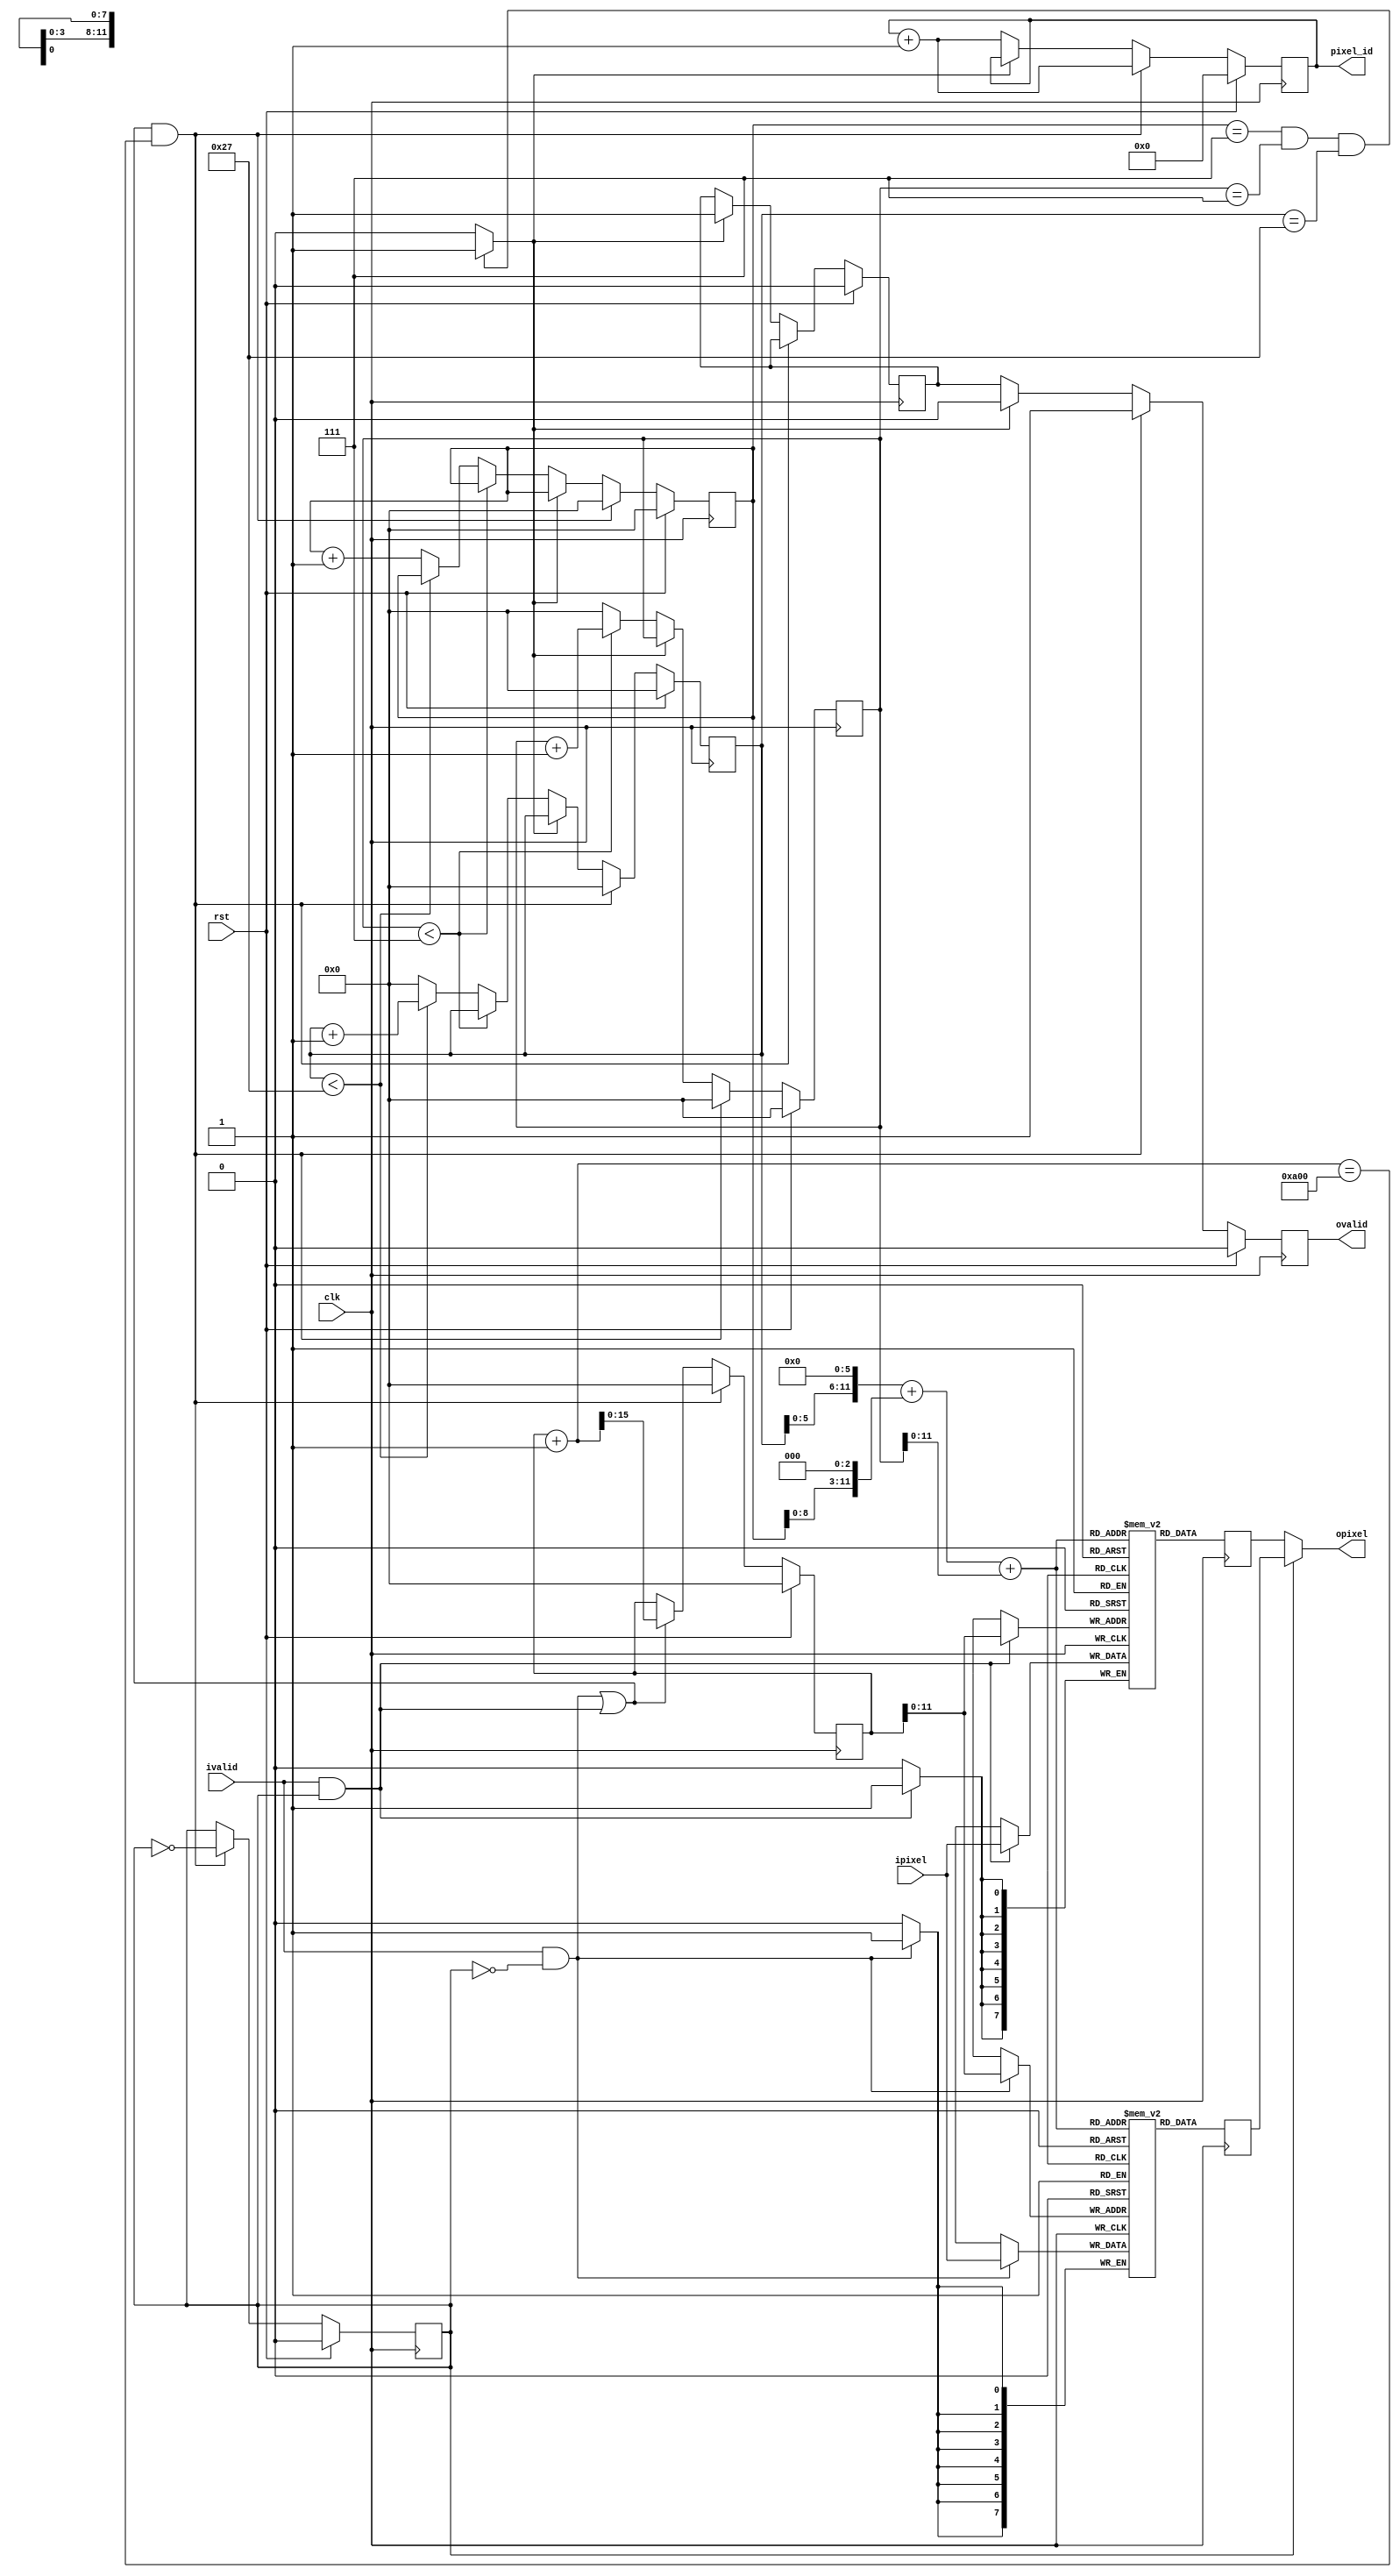
module jpeg_reorder_buffer(
input clk,
input rst,
input ivalid,
input [7:0] ipixel,
output  [7:0] opixel,
output reg [31:0] pixel_id,
output reg ovalid
);

parameter IMAGE_W = 320;
parameter IMAGE_H = 240;
localparam BUFFER_SIZE = IMAGE_W * 8;
localparam PIXELS = IMAGE_W * IMAGE_H;
localparam BLOCKS_PER_ROW = IMAGE_W >> 3;

reg [7:0] mem_1 [0:(BUFFER_SIZE)-1];
reg [7:0] mem_2 [0:(BUFFER_SIZE)-1];
reg [7:0] mem_1_rdata;
reg [7:0] mem_2_rdata;
reg [15:0] write_pointer;
reg [15:0] x;
reg [15:0] y;
reg [15:0] block;
reg start;
reg wrbuf;
reg [31:0] prev_pixel_id;

wire rbuf = !wrbuf;
wire wen_1 = ivalid && !wrbuf;
wire wen_2 = ivalid && wrbuf;
wire [15:0] read_pointer = (block<<6) + (y << 3) + x;
assign opixel = (rbuf) ? mem_2_rdata : mem_1_rdata;

wire reset = (wen_1 || wen_2) && ((write_pointer+1) == BUFFER_SIZE);
wire pause = ((y == 7) && (x == 7) && (block == (BLOCKS_PER_ROW-1)))  ? 1'b1 : 1'b0;


always @(posedge clk) begin
    mem_1_rdata <= mem_1[read_pointer];
    mem_2_rdata <= mem_2[read_pointer];
    if (wen_1)
        mem_1[write_pointer] <= ipixel;
    if (wen_2)
        mem_2[write_pointer] <= ipixel;
end




always @(posedge clk) begin
    if (rst) begin
        wrbuf <= 0;
        x <= 0;
        y <= 0;
        block <= 0;
        pixel_id <= 0;
        prev_pixel_id <= 0; 
        ovalid <= 0;
        write_pointer <= 0;
        start <= 0;

    end else if (reset) begin
        x <= 0;
        y <= 0;
        block <= 0;
        write_pointer <= 0;
        wrbuf <= ~wrbuf;   
        pixel_id <= pixel_id + 1;
        prev_pixel_id <= prev_pixel_id + 1;
        ovalid <= 1;

    end else if (pause) begin
        x <= x;
        y <= y;
        block <= block;
        pixel_id <= pixel_id;
        prev_pixel_id <= (prev_pixel_id < pixel_id) ? prev_pixel_id + 1 : prev_pixel_id;
        write_pointer <= (wen_1 || wen_2) ? write_pointer + 1 : write_pointer;
        wrbuf <= wrbuf; 
        ovalid <= 0;
        start <= 1;

    end else begin
        ovalid <= start;
        write_pointer <= (wen_1 || wen_2) ? write_pointer + 1 : write_pointer;
        wrbuf <= wrbuf;  
        pixel_id <= pixel_id + 1;
        prev_pixel_id <= (prev_pixel_id < pixel_id) ? prev_pixel_id + 1 : prev_pixel_id;
        if (x < 7) begin
            x <= x + 1;
        end else begin
            x <= 0;
            if (block < BLOCKS_PER_ROW-1) begin
                block <= block + 1;
            end else begin
                block <= 0;
                y <= y + 1;
            end
        end
    end
end
endmodule